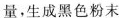
D.铁在空气中燃烧，冒出浓烈的黑烟，放出热量，生成黑色粉末